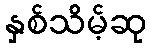
နှစ်သိမ့်ဆု